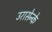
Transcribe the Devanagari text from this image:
उरासेन्के